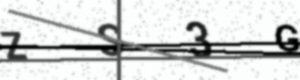
Text: ZS3G